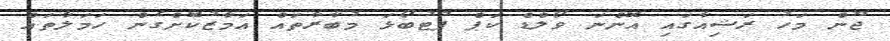
ޖޫން މަހު ރަޝިއާގައި އޮންނަ ވޯލްޑް ކަޕް ފުޓުބޯޅަ މުބާރާތައް އަމާޒުކޮށްގެން ހަމަލާތައް